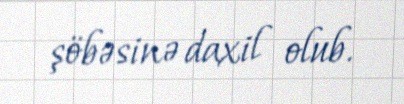
şöbəsinə daxil olub.